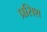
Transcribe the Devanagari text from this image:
प्रसिश